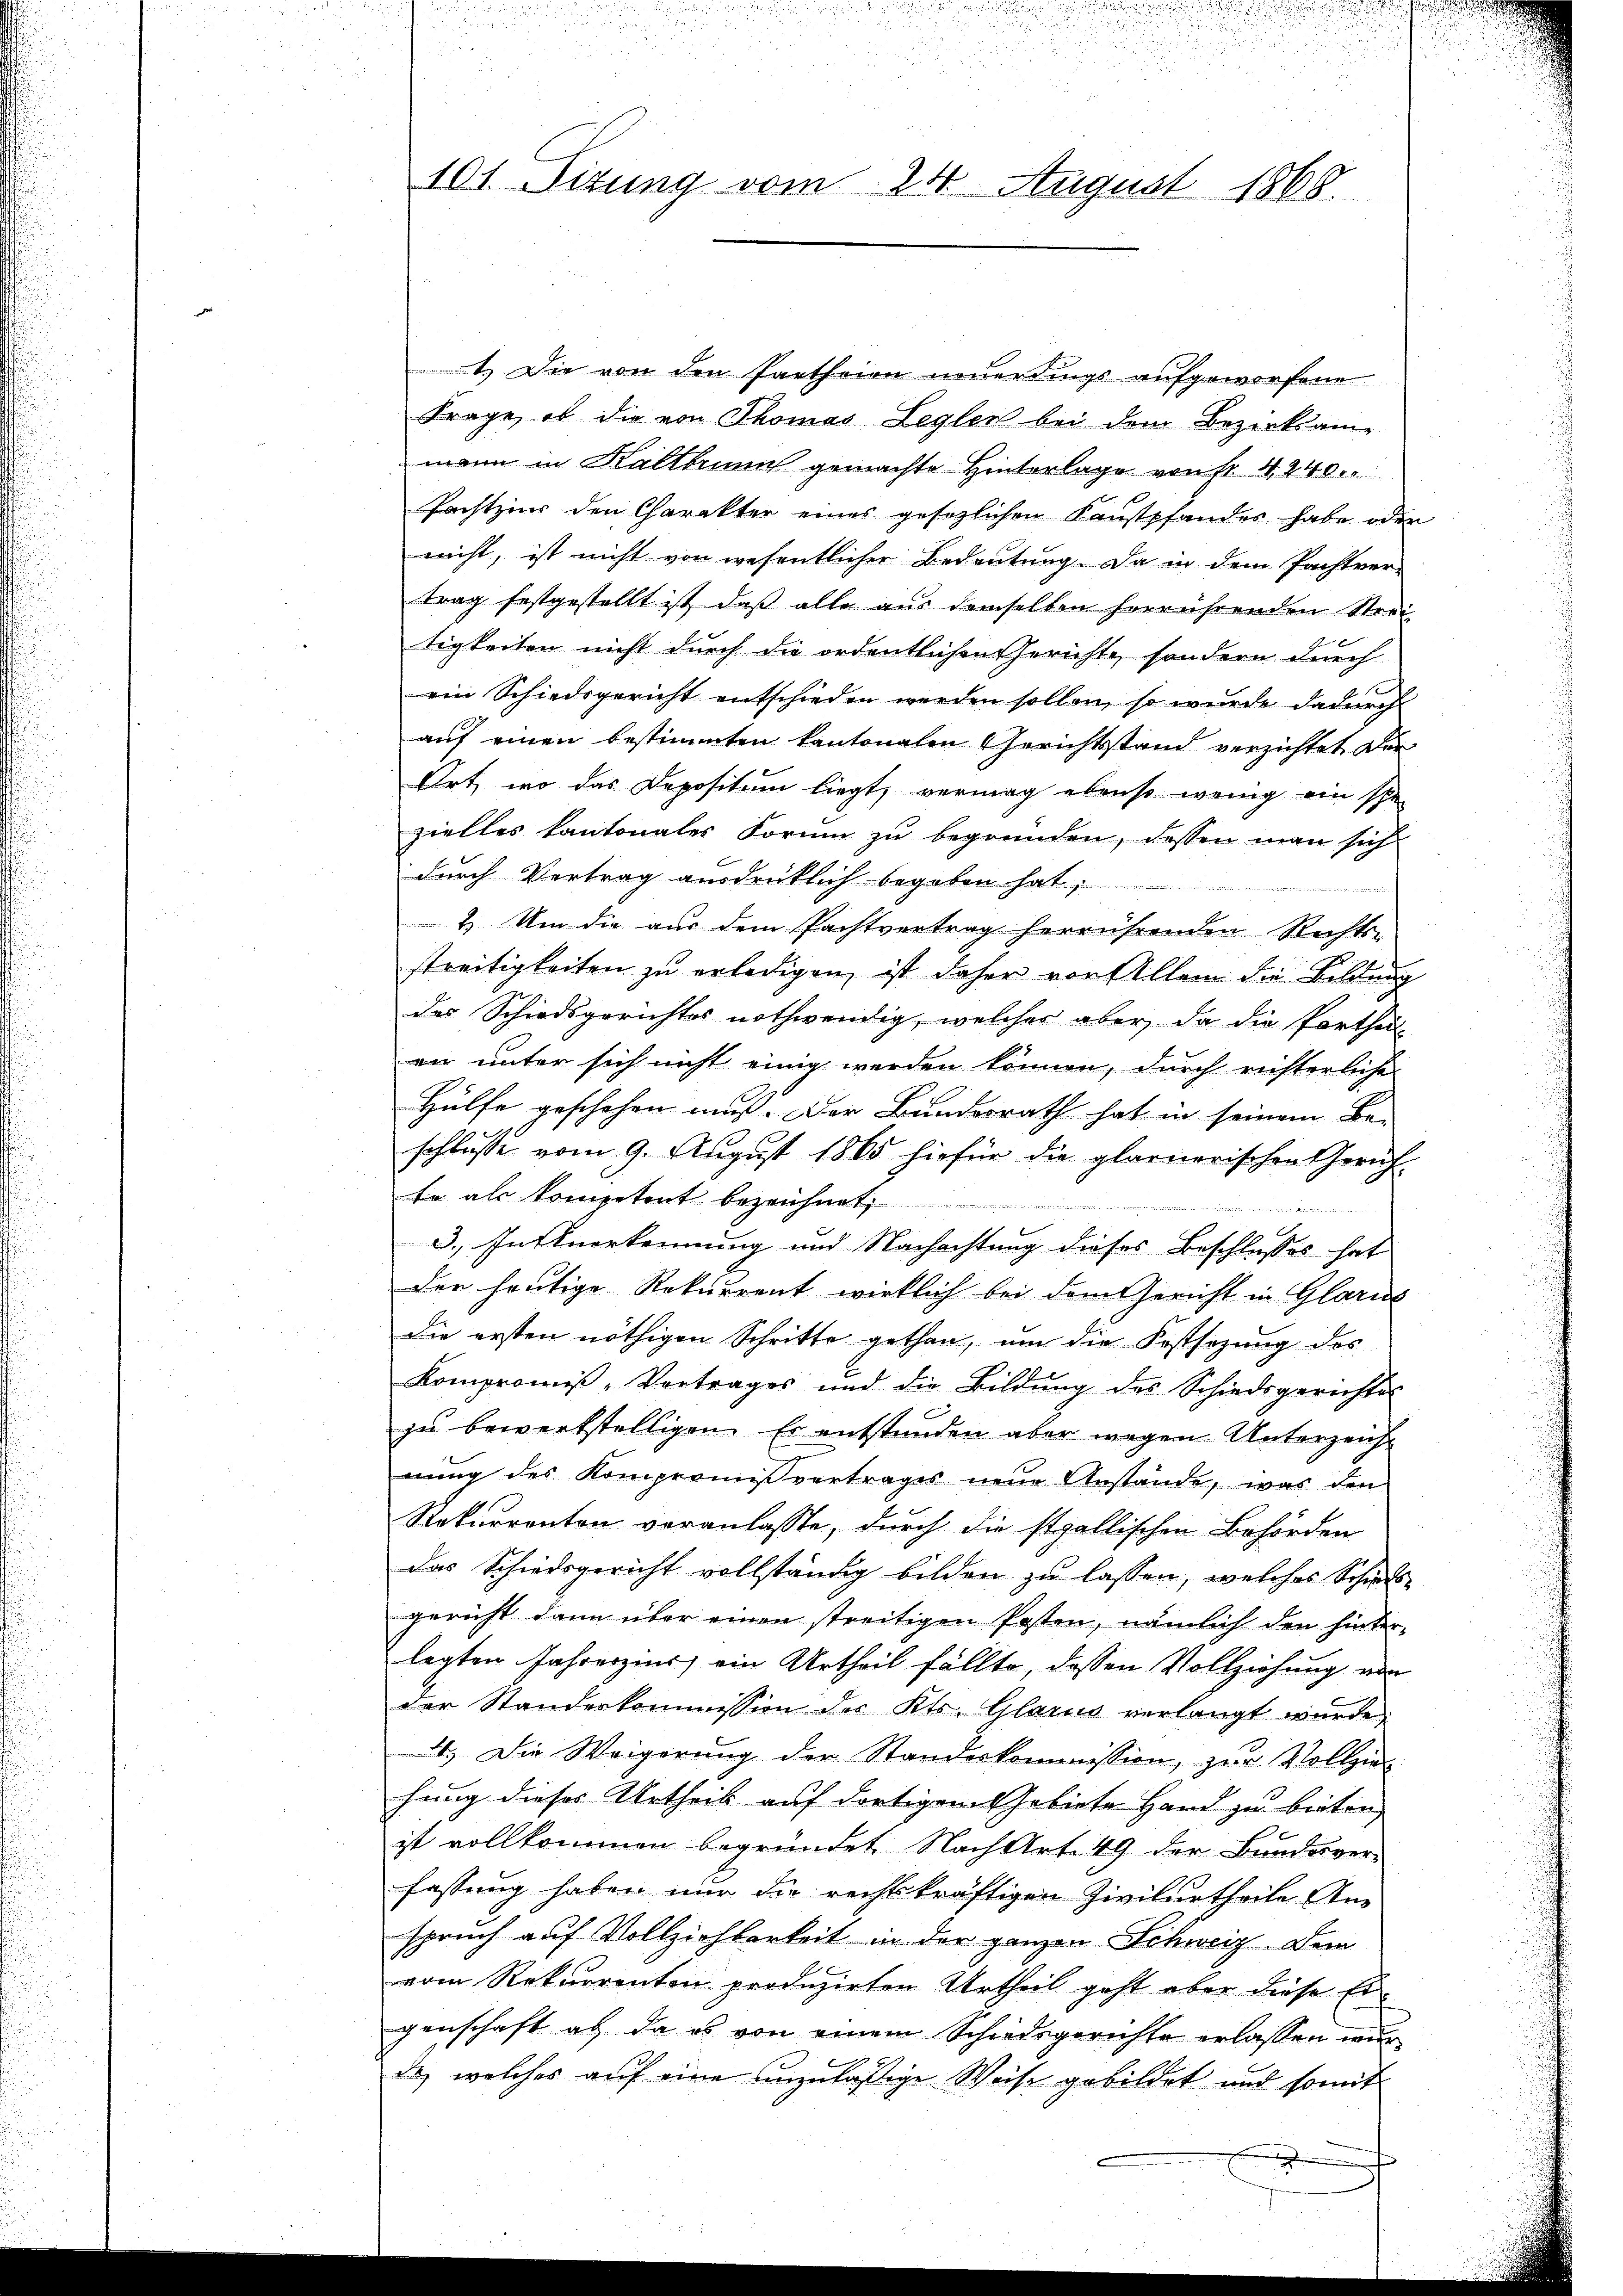
ur
101. Sizung vom 24. August 1868.

1.) Die von den Partheien neuerdings aufgeworfene
Frage, ob die von Thomas Leglen bei dem Bezirksam-
mann in Kaltbrunn gemachte Hinterlage von fr. 4240
Pachtzins den Charakter eines gesezlichen Kaustpfandes habe oder
nicht, ist nicht von wesentlicher Bedeutung. Da in dem Pachtver-
trag festgestellt ist, daß alle aus demselben herrührenden Strei
tigkeiten nicht durch die ordentlichen Gerichte, sondern durch
ein Schiedsgericht entschieden werden sollen, so wurde dadurch
auf einen bestimmten kantonalen Gerichtsstand verzichtet der
Ort, wo das Depositum liegt, vermag ebenso wenig ein spe
zielles Kantonales Forum zu begründen, dessen man sich
durch Vertrag ausdrüklich begeben hat,
2. Um die aus dem Pachtvertrag herrührenden Rechtsstreitigkeiten zŭ erledigen, ist daher vor Allem die Bildung
des Schiedsgerichtes nothwendig, welches aber, da die Portheil
an unter sich nicht einig werden können, durch richterliche
Hülfe geschehen muss. Der Bundesrath hat in seinem Be-
schlusse vom 9. August 1865 hiefür die glarnerischen Gerich-
te als kompetent bezeichnet

3.) Instuerkennung und Nachachtung dieses Beschlusses hat
der heutige Rekurrent wirklich bei dem Gericht in Glarus
die ersten nöthigen Schritte gethan, um die Kostsezung des
Kompromiß-Vortrages und die Bildung des Schiedsgerichtes
zu bewerkstelligen. Es entstunden aber wegen Unterzeicht
nung des Kompromißvertrages neue Anstände, was den
Rekurrenten veranlasse, durch die stgallischen Behörden
das Schiedsgericht vollständig bilden zu lassen, welches Schils-
gericht dann über einen streitigen Posten, nämlich den hinter-
legten Jahreszins ein Urtheil fällte, dessen Vollziehung von
der Standerkommission des Kts. Glarus verlangt wurde.
4.) Die Weigerŭng der Standeskommission, zŭr Vollzie-
hung dieses Urtheil auf dortigen Gebiete Hand zu beiten
ist vollkommen begründet Nach Art. 49 der Bundesver-
fassung haben nur die rechtskräftigen Zivilurtheile An-
spruch auf Vollziehbarkeit in der ganzen Schweiz. Dem
vom Rekurrenten produzirten Urtheil geht aber diese Eigenschaft ab, da es von einem Schiedsgerichte erlassen wur
da, welches auf eine anzuläßige Weise gebildet und somit
un